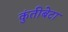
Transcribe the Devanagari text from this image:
कुंतीबेटा